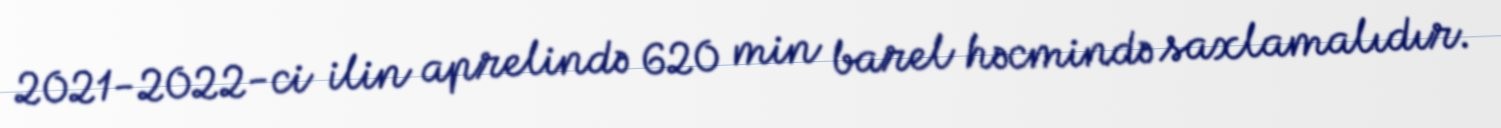
2021-2022-ci ilin aprelində 620 min barel həcmində saxlamalıdır.